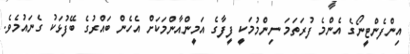
އިންފެންޓީނޯގެ އެންމެ ފުރަތަމަ ނިންމުމަކީ ފީފާގެ އަމީންއާންމަކަށް އެހެން ބައްރުގެ ބޭފުޅަކު ގެނައުމެވެ.